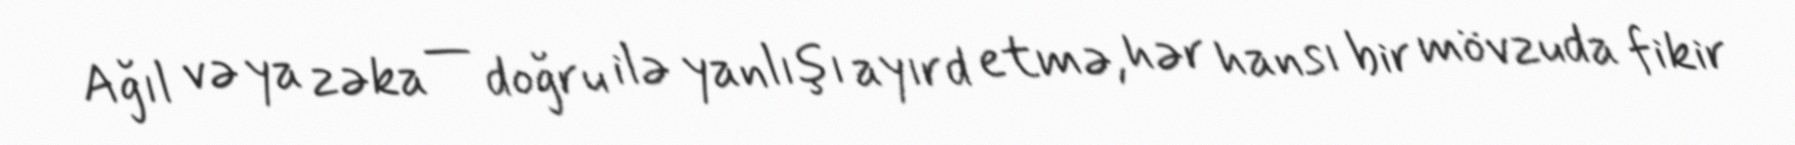
Ağıl və ya zəka — doğru ilə yanlışı ayırd etmə, hər hansı bir mövzuda fikir